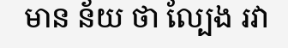
មាន ន័យ ថា ល្បែង រវា